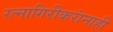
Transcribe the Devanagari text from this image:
रत्नागिरीकरांनाही